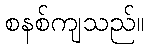
စနစ်ကျသည်။